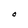
Character: O